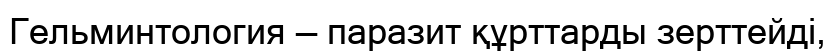
Гельминтология — паразит құрттарды зерттейді,